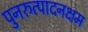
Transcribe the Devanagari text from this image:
पुनरुत्पादनक्षम